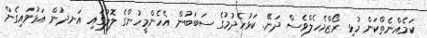
ކަމެއްނެތްކަން މުޅި ރޯޒްމެހެލްވެސް ދަނޭ. ކަޅުހެދުމުގެ ސަބަބުން އެހެންމީހުންގެ ލޮލުގައި އަނދުން އަޅުވައިގެން